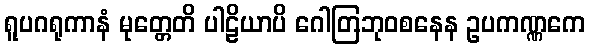
ရူပဂရုကာနံ မုတ္တေတိ ပါဠိယာပိ ဂေါတြဘုဝစနေန ဥပကဏ္ဏကေ